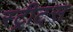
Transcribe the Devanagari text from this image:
स्ट्रीट्‌स